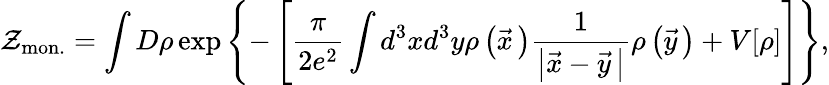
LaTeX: {\cal Z}_{\mathrm{mon.}}=\int D\rho\exp\left\{ -\left[\frac{\pi}{2e^{2}}\int d^{3}xd^{3}y\rho\left(\vec{x}{\, }\right)\frac{1}{\left|\vec{x}-\vec{y}{\, }\right|}\rho\left(\vec{y}{\, }\right)+V[\rho]\right]\right\} ,